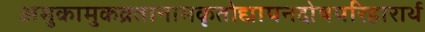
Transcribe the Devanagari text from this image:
अमुकामुकव्रतानामकृतोद्यापनदोषपरिहारार्थ